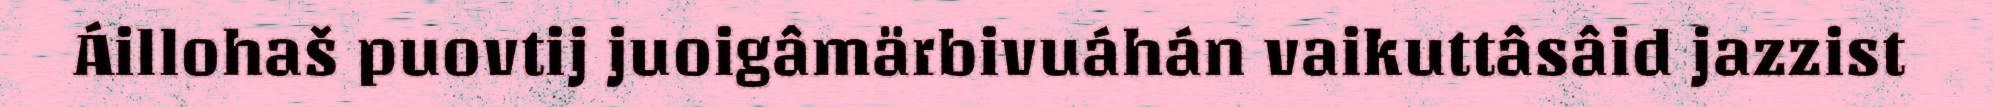
Áillohaš puovtij juoigâmärbivuáhán vaikuttâsâid jazzist